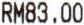
RM83.00